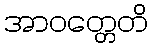
အာဝတ္တေတိ